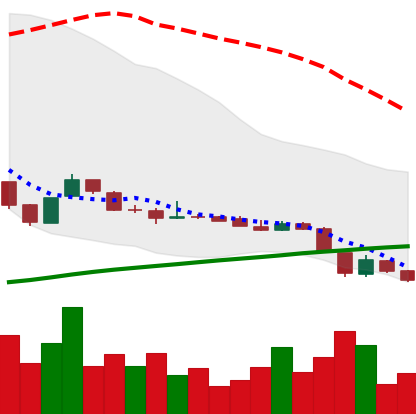
Ticker: DOGE-USD
Chart end date: 2018-11-12
Forward return: -15.307%
Label: down_7plus